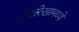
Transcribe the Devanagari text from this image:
आलेखामध्ये